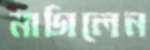
মাগিলেন